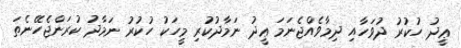
ޢީދު ހުކުރު ދުވަހާއި ދިމާވެއްޖެނަމަ ޢީދު ނަމާދުކުރި މީހަކު ހުކުރު ނަމާދު ކުރަންޖެހޭނެތަ